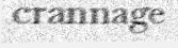
crannage